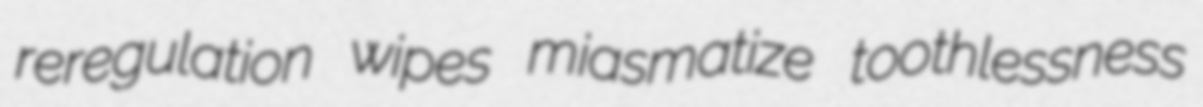
reregulation wipes miasmatize toothlessness